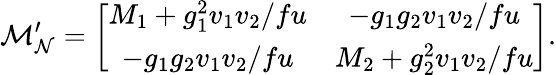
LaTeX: {\cal M_{N}^{\prime}}=\left[\begin{array}{cc}{{M_{1}+g_{1}^{2}v_{1}v_{2}/fu}}&{{-g_{1}g_{2}v_{1}v_{2}/fu}}\\ {{-g_{1}g_{2}v_{1}v_{2}/fu}}&{{M_{2}+g_{2}^{2}v_{1}v_{2}/fu}}\end{array}\right].